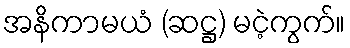
အနိကာမယံ (ဆဋ္ဌ) မငဲ့ကွက်။